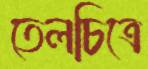
তেলচিত্রে